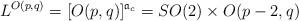
LaTeX: \begin{align*} L^{O(p,q)} = [O(p,q)]^{{\mathfrak a}_c} = SO(2) \times O(p-2,q)\end{align*}